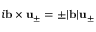
i \mathbf { b } \times \mathbf { u } _ { \pm } = \pm | \mathbf { b } | \mathbf { u } _ { \pm }